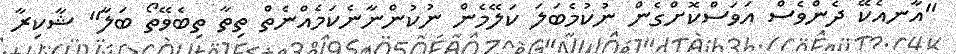
"އާނއެކޭ ދެންވެސް އަވަސްކޮށްގެން ނުކުމެބަލަ ކަލޭމެން ނުކުންނާނެކަމެއްނެތް ތިތާ ތިބެވޭތޯ ބަލާ" ޝާކިރާ